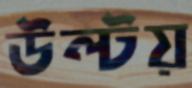
উল্‌টয়